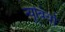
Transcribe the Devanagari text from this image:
न्यूबियो